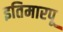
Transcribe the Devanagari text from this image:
इतिमारपू